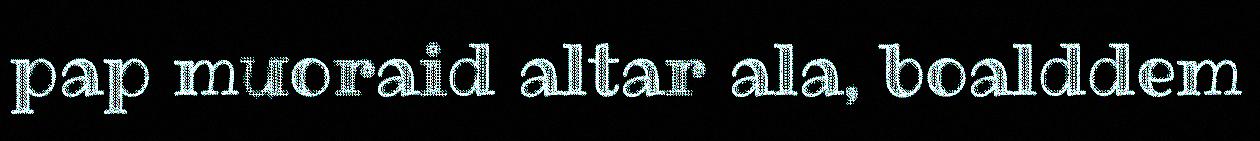
pap muoraid altar ala, boalddem